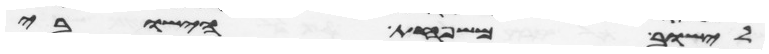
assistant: לישוב משפחת הישובי